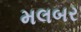
મલબર